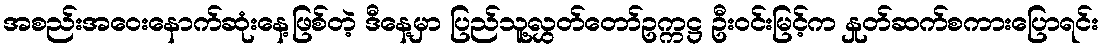
အစည်းအဝေးနောက်ဆုံးနေ့ဖြစ်တဲ့ ဒီနေ့မှာ ပြည်သူ့လွှတ်တော်ဥက္ကဋ္ဌ ဦးဝင်းမြင့်က နှုတ်ဆက်စကားပြောရင်း